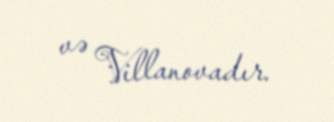
və Villanovadır.